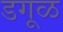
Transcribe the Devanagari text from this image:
डगूळ